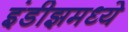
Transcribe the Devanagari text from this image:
इंडीझमध्ये